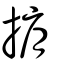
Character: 掮